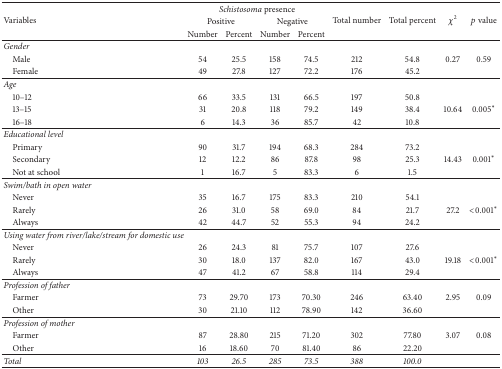
<table><thead><tr><td rowspan="3"><b>Variables</b></td><td colspan="4"><b><i>Schistosoma</i> presence</b></td><td rowspan="3"><b>Total number</b></td><td rowspan="3"><b>Total percent</b></td><td rowspan="3"><b><i>χ</i><sup>2</sup></b></td><td rowspan="3"><b><i>p</i> value</b></td></tr><tr><td colspan="2"><b>Positive</b></td><td colspan="2"><b>Negative</b></td></tr><tr><td><b>Number</b></td><td><b>Percent</b></td><td><b>Number</b></td><td><b>Percent</b></td></tr></thead><tbody><tr><td><i>Gender</i></td><td> </td><td> </td><td> </td><td> </td><td> </td><td> </td><td> </td><td> </td></tr><tr><td> Male</td><td>54</td><td>25.5</td><td>158</td><td>74.5</td><td>212</td><td>54.8</td><td>0.27</td><td>0.59</td></tr><tr><td> Female</td><td>49</td><td>27.8</td><td>127</td><td>72.2</td><td>176</td><td>45.2</td><td> </td><td> </td></tr><tr><td><i>Age</i></td><td> </td><td> </td><td> </td><td> </td><td> </td><td> </td><td> </td><td> </td></tr><tr><td> 10–12</td><td>66</td><td>33.5</td><td>131</td><td>66.5</td><td>197</td><td>50.8</td><td> </td><td> </td></tr><tr><td> 13–15</td><td>31</td><td>20.8</td><td>118</td><td>79.2</td><td>149</td><td>38.4</td><td>10.64</td><td>0.005<sup><i>∗</i></sup></td></tr><tr><td> 16–18</td><td>6</td><td>14.3</td><td>36</td><td>85.7</td><td>42</td><td>10.8</td><td> </td><td> </td></tr><tr><td><i>Educational level</i></td><td> </td><td> </td><td> </td><td> </td><td> </td><td> </td><td> </td><td> </td></tr><tr><td> Primary</td><td>90</td><td>31.7</td><td>194</td><td>68.3</td><td>284</td><td>73.2</td><td> </td><td> </td></tr><tr><td> Secondary</td><td>12</td><td>12.2</td><td>86</td><td>87.8</td><td>98</td><td>25.3</td><td>14.43</td><td>0.001<sup><i>∗</i></sup></td></tr><tr><td> Not at school</td><td>1</td><td>16.7</td><td>5</td><td>83.3</td><td>6</td><td>1.5</td><td> </td><td> </td></tr><tr><td><i>Swim/bath in open water</i></td><td> </td><td> </td><td> </td><td> </td><td> </td><td> </td><td> </td><td> </td></tr><tr><td> Never</td><td>35</td><td>16.7</td><td>175</td><td>83.3</td><td>210</td><td>54.1</td><td> </td><td> </td></tr><tr><td> Rarely</td><td>26</td><td>31.0</td><td>58</td><td>69.0</td><td>84</td><td>21.7</td><td>27.2</td><td>&lt;0.001<sup><i>∗</i></sup></td></tr><tr><td> Always</td><td>42</td><td>44.7</td><td>52</td><td>55.3</td><td>94</td><td>24.2</td><td> </td><td> </td></tr><tr><td><i>Using water from river/lake/stream for domestic use</i></td><td> </td><td> </td><td> </td><td> </td><td> </td><td> </td><td> </td><td> </td></tr><tr><td> Never</td><td>26</td><td>24.3</td><td>81</td><td>75.7</td><td>107</td><td>27.6</td><td> </td><td> </td></tr><tr><td> Rarely</td><td>30</td><td>18.0</td><td>137</td><td>82.0</td><td>167</td><td>43.0</td><td>19.18</td><td>&lt;0.001<sup><i>∗</i></sup></td></tr><tr><td> Always</td><td>47</td><td>41.2</td><td>67</td><td>58.8</td><td>114</td><td>29.4</td><td> </td><td> </td></tr><tr><td><i>Profession of father</i></td><td> </td><td> </td><td> </td><td> </td><td> </td><td> </td><td> </td><td> </td></tr><tr><td> Farmer</td><td>73</td><td>29.70</td><td>173</td><td>70.30</td><td>246</td><td>63.40</td><td>2.95</td><td>0.09</td></tr><tr><td> Other</td><td>30</td><td>21.10</td><td>112</td><td>78.90</td><td>142</td><td>36.60</td><td> </td><td> </td></tr><tr><td><i>Profession of mother</i></td><td> </td><td> </td><td> </td><td> </td><td> </td><td> </td><td> </td><td> </td></tr><tr><td> Farmer</td><td>87</td><td>28.80</td><td>215</td><td>71.20</td><td>302</td><td>77.80</td><td>3.07</td><td>0.08</td></tr><tr><td> Other</td><td>16</td><td>18.60</td><td>70</td><td>81.40</td><td>86</td><td>22.20</td><td> </td><td> </td></tr><tr><td><i>Total</i></td><td><i>103</i></td><td><i>26.5</i></td><td><i>285</i></td><td><i>73.5</i></td><td><i>388</i></td><td><i>100.0</i></td><td> </td><td> </td></tr></tbody></table>